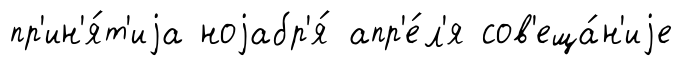
пр'ин'я́т'иjа ноjабр'я́ апр'е́л'я сов'еща́н'иjе